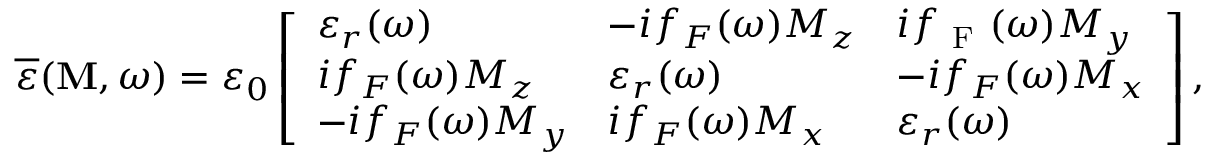
\overline { { \varepsilon } } ( \mathbf { M } , \omega ) = \varepsilon _ { 0 } \left[ \begin{array} { l l l } { \varepsilon _ { r } ( \omega ) } & { - i f _ { { F } } ( \omega ) M _ { z } } & { i f _ { \mathrm { ~ F ~ } } ( \omega ) M _ { y } } \\ { i f _ { { F } } ( \omega ) M _ { z } } & { \varepsilon _ { r } ( \omega ) } & { - i f _ { { F } } ( \omega ) M _ { x } } \\ { - i f _ { { F } } ( \omega ) M _ { y } } & { i f _ { { F } } ( \omega ) M _ { x } } & { \varepsilon _ { r } ( \omega ) } \end{array} \right] ,